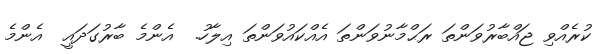
ކުރެއްވި ޖައްބާރުވަންތަ ރަޙްމާނުވަންތަ އެއްކައުވަންތަ އިލާހު.  އެންމެ ބާރުގަދައީ  އެންމެ